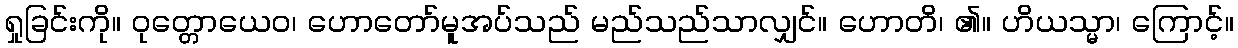
ရှုခြင်းကို။ ဝုတ္တောယေဝ၊ ဟောတော်မူအပ်သည် မည်သည်သာလျှင်။ ဟောတိ၊ ၏။ ဟိယသ္မာ၊ ကြောင့်။